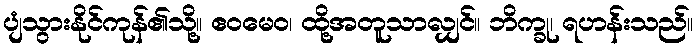
ပျံသွားနိုင်ကုန်၏သို့။ ဧဝမေဝ၊ ထို့အတူသာလျှင်။ ဘိက္ခု၊ ရဟန်းသည်။